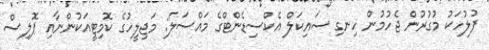
ފުލުހަކު މުގުރުން ޖެހުމުން ހިނގި ސައިކަލް އެކްސިޑެންޓްގެ މައްސަލަ: މަޖިލީހުގެ ކޮމިޓީއަކުންނާއި ޕޮލިސް